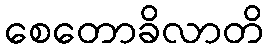
စေတောခိလာတိ